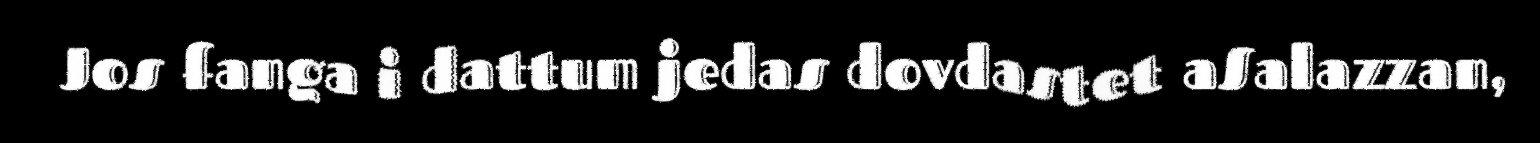
Jos fanga i dattum jedas dovdastet aSalazzan,